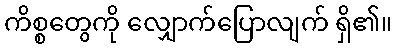
ကိစ္စတွေကို လျှောက်ပြောလျက် ရှိ၏။